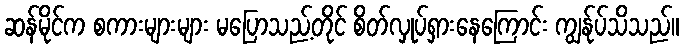
ဆန်မိုင်က စကားများများ မပြောသည့်တိုင် စိတ်လှုပ်ရှားနေကြောင်း ကျွန်ုပ်သိသည်။